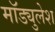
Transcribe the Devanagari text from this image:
मॉड्युलेश